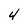
Character: 4